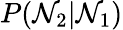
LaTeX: P(\mathcal{N}_{2}|\mathcal{N}_{1})